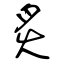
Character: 炙